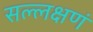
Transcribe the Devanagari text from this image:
सल्लक्षणं